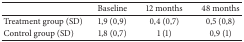
<table><thead><tr><td><b> </b></td><td><b>Baseline</b></td><td><b>12 months</b></td><td><b>48 months</b></td></tr></thead><tbody><tr><td>Treatment group (SD)</td><td>1,9 (0,9)</td><td>0,4 (0,7)</td><td>0,5 (0,8)</td></tr><tr><td>Control group (SD)</td><td>1,8 (0,7)</td><td>1 (1)</td><td>0,9 (1)</td></tr></tbody></table>